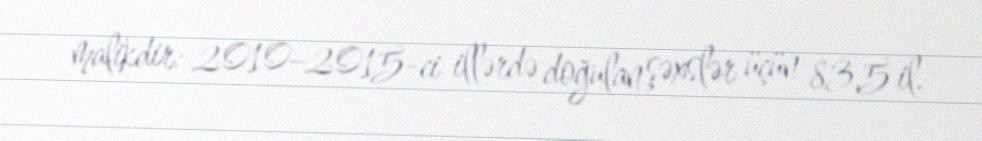
malikdir: 2010–2015-ci illərdə doğulan şəxslər üçün 83,5 il.